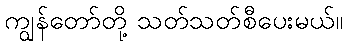
ကျွန်တော်တို့ သတ်သတ်စီပေးမယ်။